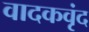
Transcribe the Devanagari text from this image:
वादकवृंद